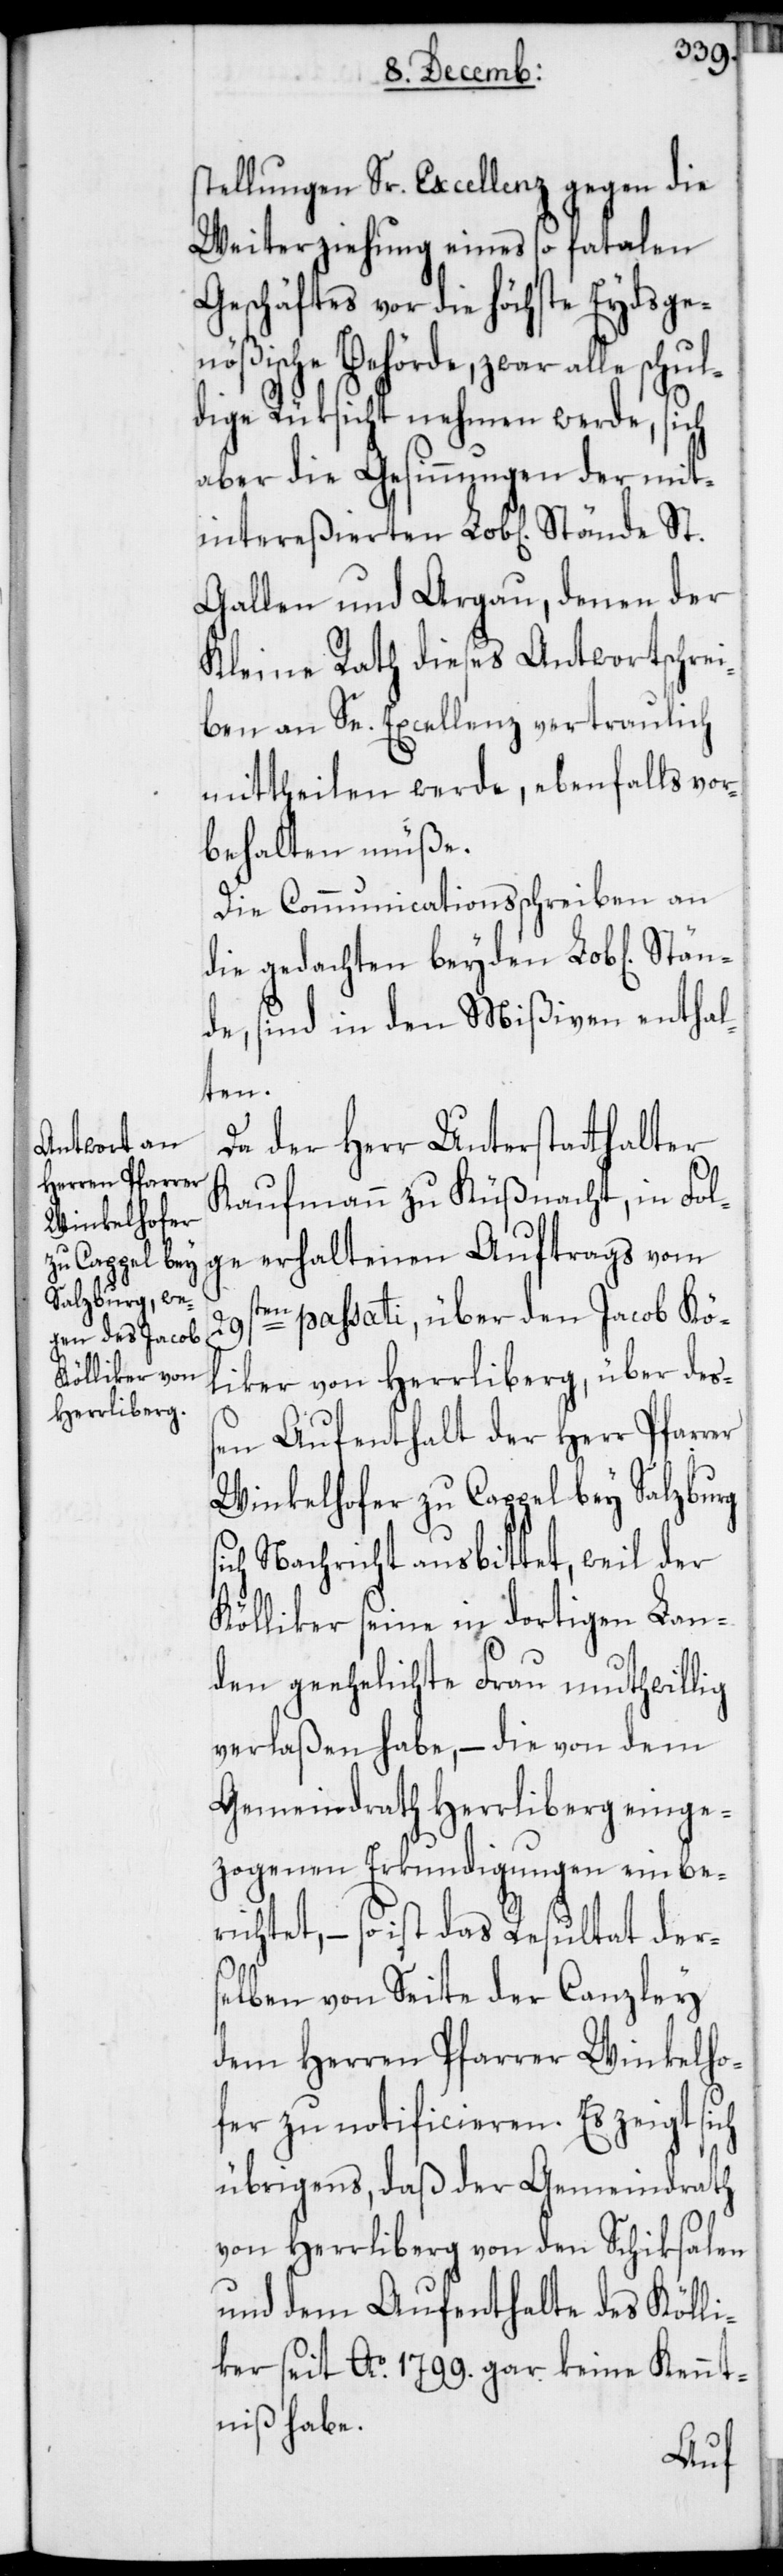
stellungen Sr. Excellenz gegen die
Weiterziehung eines so fatalen
Geschäftes vor die höchste Eydsge¬
nößische Behörde, zwar alle schu¬
ldige Rüksicht nehmen werde, sich
aber die Gesinnungen der mit¬
intereßierten Lob[lichen] St¬
Gallen und Argau, denen der
Kleine Rath dieses Antwortschre¬
iben an Se. Excellenz vertraulich
mittheilen werde, ebenfalls vor¬
behalten müße.
Die Communicationsschreiben an
die gedachten beyden Lob[lichen]
de, sind in den Mißiven enthal¬
ten.
Da der Herr Unterstatthalter
Kaufmann zu Küßnacht, in Fol¬
ge erhaltenen Auftrags vom
29sten passati, über den Jacob Köl¬
liker von Herrliberg, über deß¬
en Aufenthalt der Herr Pfarrer
Winkelhofer zu Cappel bey Salzburg
sich Nachricht ausbittet, weil der
Kölliker seine in dortigen Lan¬
den geehelichte Frau muthwillig
verlaßen habe, – die von dem
Gemeindrath Herrliberg einge¬
zogenen Erkundigungen einbe¬
richtet, – so ist das Resultat ders¬
elben von Seite der Canzley
dem Herren Pfarrer Winkelho¬
fer zu notificieren. Es zeigt sich
übrigens, daß der Gemeindrath
von Herrliberg von den Schiksalen
und dem Aufenthalt des Kölli¬
kers seit Ao. 1799. gar keine Kennt¬
niß habe.
ände